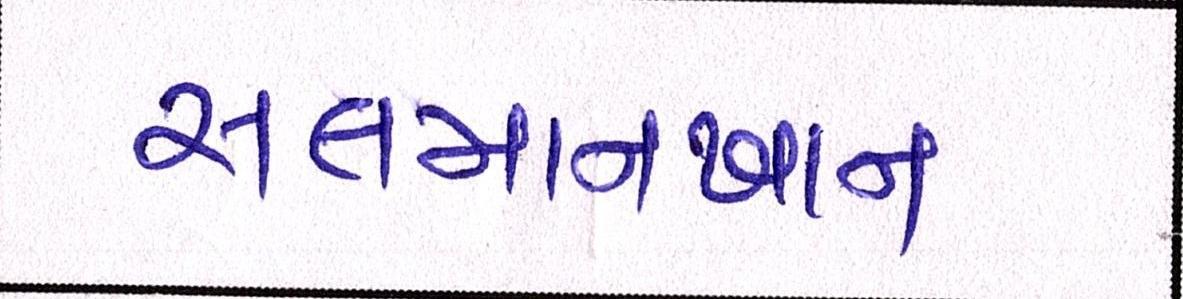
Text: સલમાનખાન